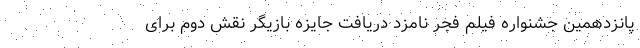
پانزدهمین جشنواره فیلم فجر نامزد دریافت جایزه بازیگر نقش دوم برای